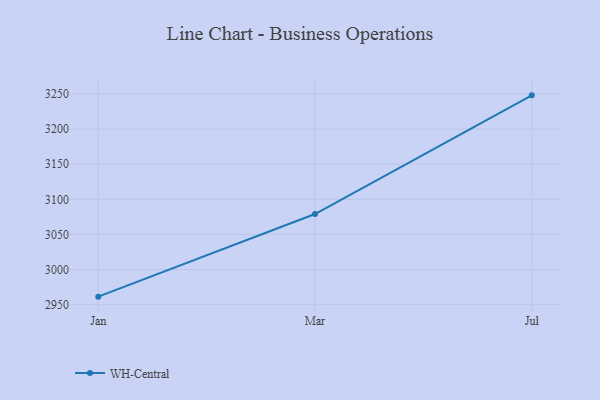
{"axis": {"x": "Month", "y": "Bounce Rate (%)"}, "legend": ["WH-Central"], "data": [{"x": "Jan", "y": 2961.4, "type": "WH-Central"}, {"x": "Mar", "y": 3079.0, "type": "WH-Central"}, {"x": "Jul", "y": 3248.0, "type": "WH-Central"}]}